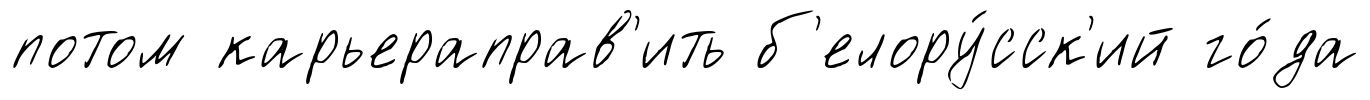
потом карьераправ'ить б'елору́сск'ий го́да